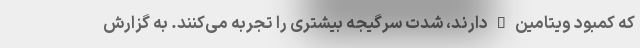
که کمبود ویتامین D دارند، شدت سرگیجه بیشتری را تجربه می‌کنند. به گزارش